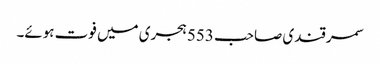
سمرقندی صاحب 553 ہجری میں فوت ہوئے۔